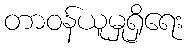
တာဝန်ယူမှုရှိရေး